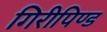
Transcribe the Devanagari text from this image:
गिरीपिण्ड